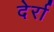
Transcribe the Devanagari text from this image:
देर्रा